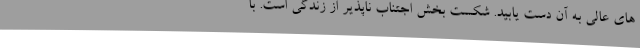
های عالی به آن دست یابید. شکست بخش اجتناب ناپذیر از زندگی است. با